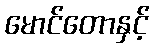
မောင်တောနှင့်